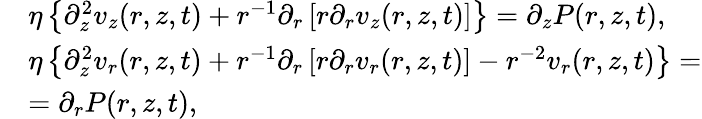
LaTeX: \begin{array}{rl}&{\eta\left\{ \partial_{z}^{2}v_{z}(r,z,t)+r^{-1}\partial_{r}\left[r\partial_{r}v_{z}(r,z,t)\right]\right\} =\partial_{z}P(r,z,t),}\\ &{\eta\left\{ \partial_{z}^{2}v_{r}(r,z,t)+r^{-1}\partial_{r}\left[r\partial_{r}v_{r}(r,z,t)\right]-r^{-2}v_{r}(r,z,t)\right\} =}\\ &{=\partial_{r}P(r,z,t),}\end{array}